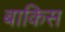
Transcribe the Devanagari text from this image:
बाकिस